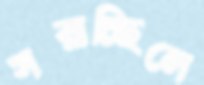
সরাচ্ছিলে